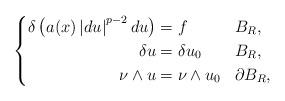
LaTeX: \begin{align*}\left\lbrace \begin{aligned}\delta \left( a(x) \left\lvert d u \right\rvert^{p-2} du \right) &= f && B_{R}, \\\delta u &= \delta u _{0} && B_{R}, \\\nu \wedge u &= \nu \wedge u_{0} && \partial B_{R}, \end{aligned}\right.\end{align*}